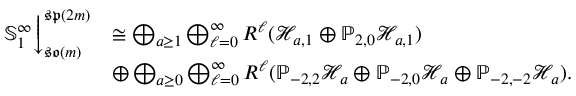
\begin{array} { r l } { \mathbb { S } _ { 1 } ^ { \infty } \bigg \downarrow _ { \mathfrak { s o } ( m ) } ^ { \mathfrak { s p } ( 2 m ) } } & { \cong \bigoplus _ { a \geq 1 } \bigoplus _ { \ell = 0 } ^ { \infty } R ^ { \ell } ( \mathcal { H } _ { a , 1 } \oplus \mathbb { P } _ { 2 , 0 } \mathcal { H } _ { a , 1 } ) } \\ & { \oplus \bigoplus _ { a \geq 0 } \bigoplus _ { \ell = 0 } ^ { \infty } R ^ { \ell } ( \mathbb { P } _ { - 2 , 2 } \mathcal { H } _ { a } \oplus \mathbb { P } _ { - 2 , 0 } \mathcal { H } _ { a } \oplus \mathbb { P } _ { - 2 , - 2 } \mathcal { H } _ { a } ) . } \end{array}